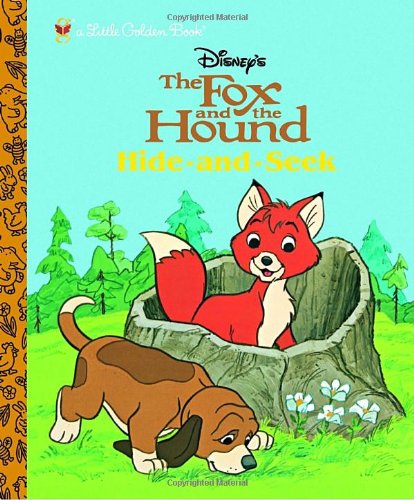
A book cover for The Fox and the Hound: Hide and Seek (Little Golden Book); Golden Books; Children's Books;